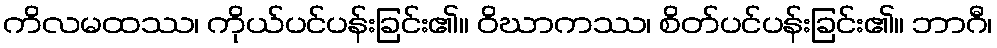
ကိလမထဿ၊ ကိုယ်ပင်ပန်းခြင်း၏။ ဝိဃာကဿ၊ စိတ်ပင်ပန်းခြင်း၏။ ဘာဂီ၊